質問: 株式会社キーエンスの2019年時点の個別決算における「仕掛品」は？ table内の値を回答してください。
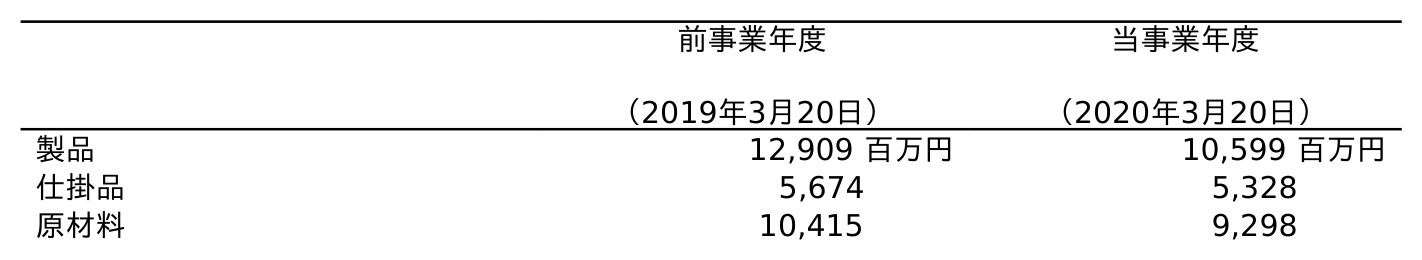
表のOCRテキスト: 前事業年度 （2019年3月20日） 当事業年度 （2020年3月20日） 製品 12,909 百万円 10,599 百万円 仕掛品 5,674 5,328 原材料 10,415 9,298
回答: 5,674